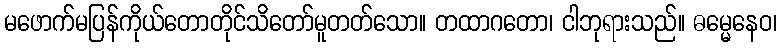
မဖောက်မပြန်ကိုယ်တောတိုင်သိတော်မူတတ်သော။ တထာဂတော၊ ငါဘုရားသည်။ ဓမ္မေနေဝ၊